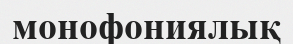
монофониялық